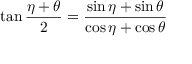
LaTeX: \tan { \frac { \eta + \theta } { 2 } } = { \frac { \sin \eta + \sin \theta } { \cos \eta + \cos \theta } }